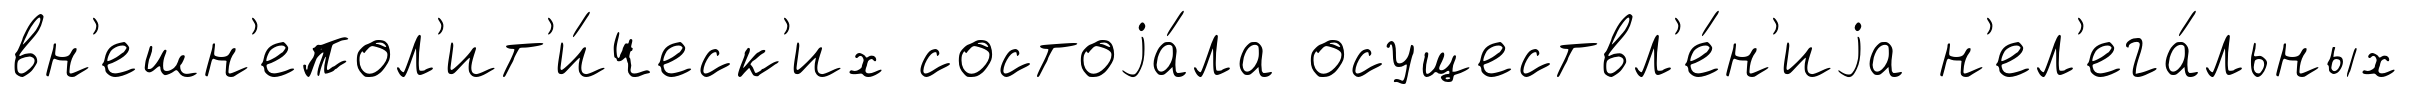
вн'ешн'епол'ит'и́ческ'их состоjа́ла осуществл'е́н'иjа н'ел'ега́льных